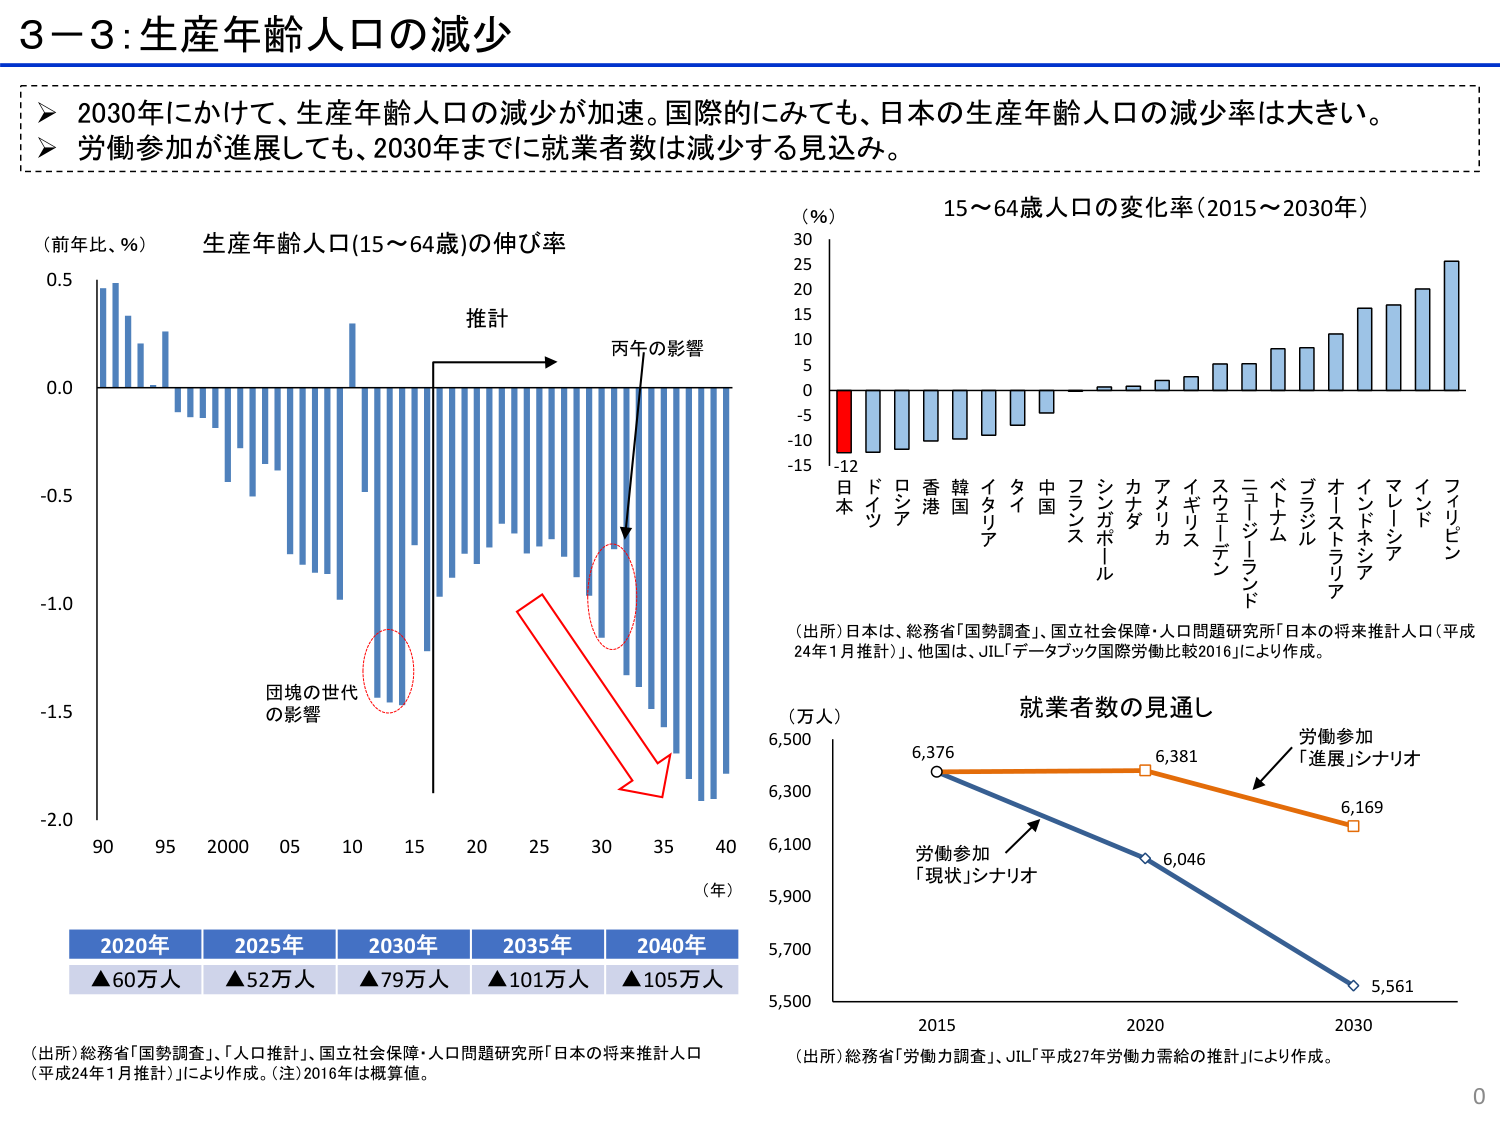
3－3：生産年齢人口の減少

➤ 2030年にかけて、生産年齢人口の減少が加速。国際的にみても、日本の生産年齢人口の減少率は大きい。
➤ 労働参加が進展しても、2030年までに就業者数は減少する見込み。

（前年比、％） 生産年齢人口（15～64歳）の伸び率
推計
丙午の影響
団塊の世代
の影響
（年）
90 95 2000 05 10 15 20 25 30 35 40
-2.0
-1.5
-1.0
-0.5
0.0
0.5

（％） 15～64歳人口の変化率（2015～2030年）
-15
-10
-5
0
5
10
15
20
25
30
-12
日本
ドイツ
ロシア
香港
韓国
イタリア
タイ
中国
フランス
シンガポール
カナダ
アメリカ
イギリス
スウェーデン
ニュージーランド
ベトナム
ブラジル
オーストラリア
インドネシア
マレーシア
インド
フィリピン

（出所）日本は、総務省「国勢調査」、国立社会保障・人口問題研究所「日本の将来推計人口（平成24年1月推計）」、他国は、JIL「データブック国際労働比較2016」により作成。

2020年 ▲60万人
2025年 ▲52万人
2030年 ▲79万人
2035年 ▲101万人
2040年 ▲105万人

（出所）総務省「国勢調査」、「人口推計」、国立社会保障・人口問題研究所「日本の将来推計人口（平成24年1月推計）」により作成。（注）2016年は概算値。

（万人） 就業者数の見通し
6,500
6,300
6,100
5,900
5,700
5,500
2015 2020 2030
6,376
6,381
6,169
6,046
5,561
労働参加
「進展」シナリオ
労働参加
「現状」シナリオ

（出所）総務省「労働力調査」、JIL「平成27年労働力需給の推計」により作成。

0